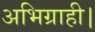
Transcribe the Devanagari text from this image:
अभिग्राही।